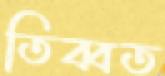
তিব্বত